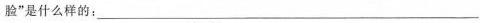
脸”是什么样的：___